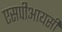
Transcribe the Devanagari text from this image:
एसपीआयसी